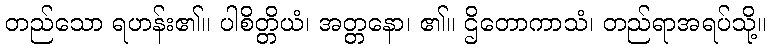
တည်သော ရဟန်း၏။ ပါစိတ္တိယံ၊ အတ္တနော၊ ၏။ ဌိတောကာသံ၊ တည်ရာအရပ်သို့။